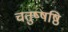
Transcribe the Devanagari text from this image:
चतुष्षष्ठि